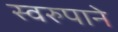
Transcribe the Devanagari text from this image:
स्वरुपाने